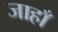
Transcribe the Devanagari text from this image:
जाहाँ